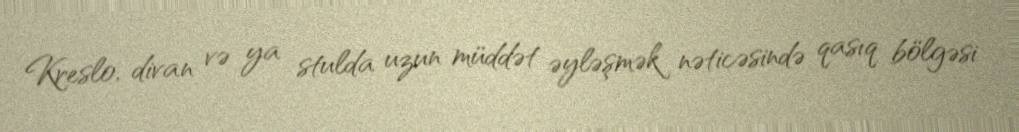
Kreslo, divan və ya stulda uzun müddət əyləşmək nəticəsində qasıq bölgəsi